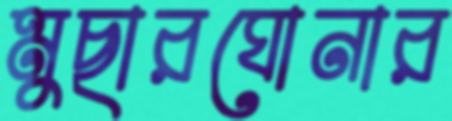
মুছারঘোনার